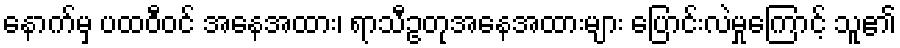
နောက်မှ ပထဝီဝင် အနေအထား၊ ရာသီဥတုအနေအထားများ ပြောင်းလဲမှုကြောင့် သူ၏